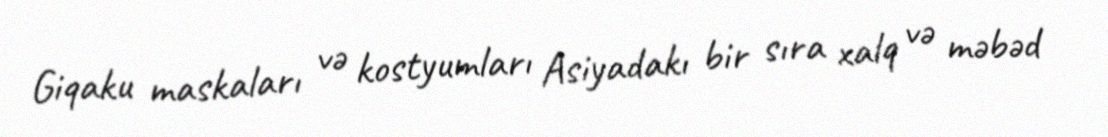
Giqaku maskaları və kostyumları Asiyadakı bir sıra xalq və məbəd